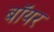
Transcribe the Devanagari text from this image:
बॉयर